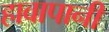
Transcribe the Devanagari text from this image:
हावापानी